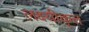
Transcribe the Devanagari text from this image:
लक्ष्यीकृत